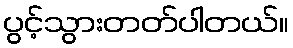
ပွင့်သွားတတ်ပါတယ်။